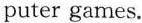
puter games.